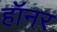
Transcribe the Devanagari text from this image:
हॉनर